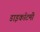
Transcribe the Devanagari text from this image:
डाइकॉटमी